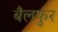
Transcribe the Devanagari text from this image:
बैलफुर